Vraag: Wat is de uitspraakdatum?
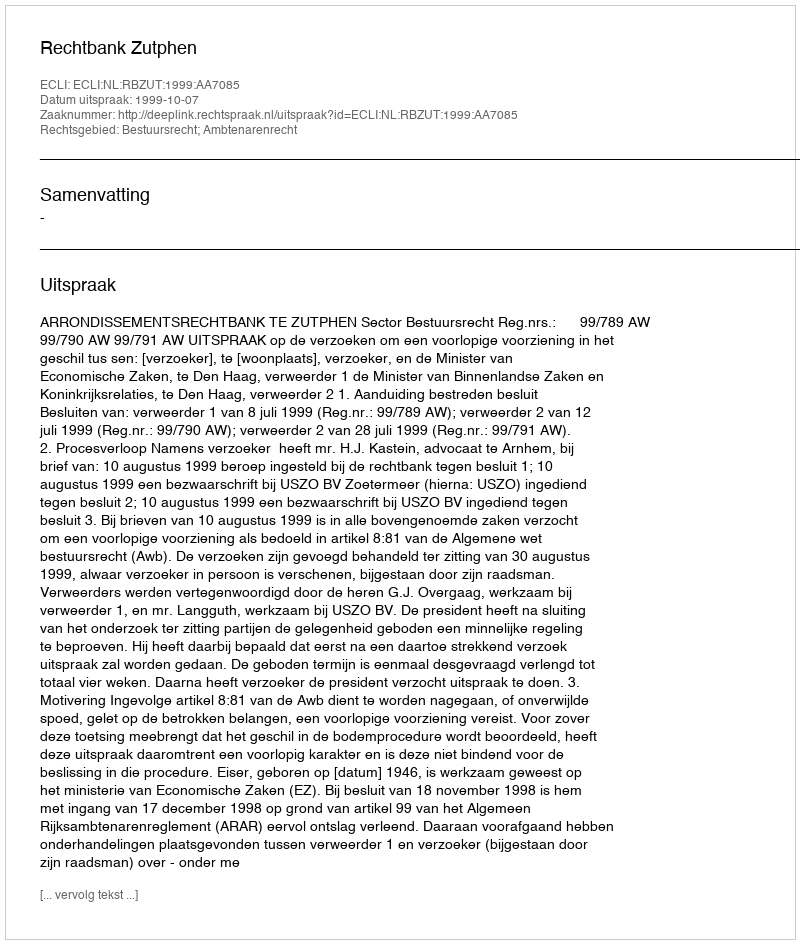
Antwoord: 1999-10-07